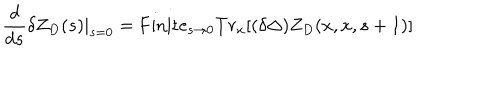
{ \frac { d } { d s } } \delta Z _ { D } ( s ) | _ { s = 0 } = \mathrm { F i n i t e } _ { s \to 0 } T r _ { x } [ ( \delta \Delta ) Z _ { D } ( x , x , s + 1 ) ]